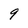
Character: 9